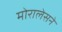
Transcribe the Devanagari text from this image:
मोरालेसने